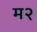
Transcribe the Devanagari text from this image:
म२